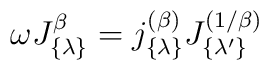
\omega J_{\{ \lambda \} }^{\beta} =j_{\{ \lambda \} }^{(\beta)} J_{\{ \lambda' \} }^{(1/\beta)}